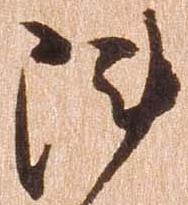
陣